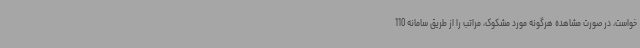
خواست، در صورت مشاهده هرگونه مورد مشکوک، مراتب را از طریق سامانه 110